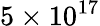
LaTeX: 5\times 10^{17}